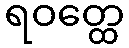
ရဝတ္ထေ